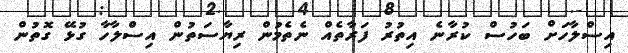
އިސްލާހަށް ބަހުސް ކުރާނެ އިތުރު ފަރާތެއް ނެތެމުން ރިޔާސަތުން އިސްލާހާ ގުޅޭ ގޮތުން